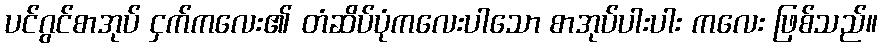
ပင်ဂွင်စာအုပ် ငှက်ကလေး၏ တံဆိပ်ပုံကလေးပါသော စာအုပ်ပါးပါး ကလေး ဖြစ်သည်။